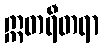
ဣတရီတရာ